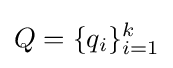
Q=\{q_{i}\}_{i=1}^{k}